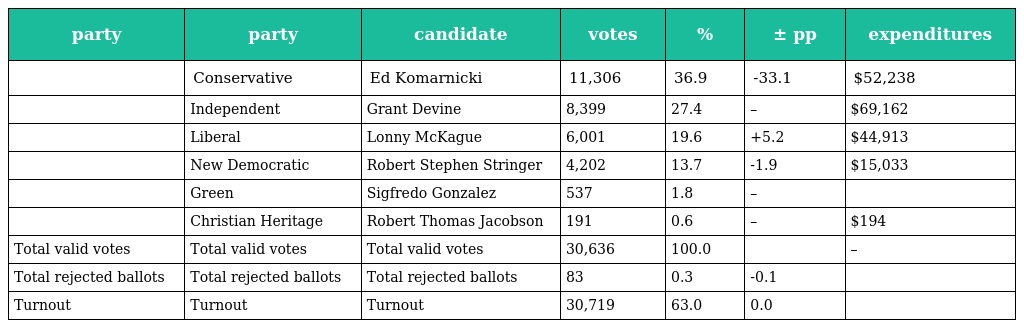
| party | party | candidate | votes | % | ± pp | expenditures |
 | --- | --- | --- | --- | --- | --- | --- |
 |  | Conservative | Ed Komarnicki | 11,306 | 36.9 | -33.1 | $52,238 |
 |  | Independent | Grant Devine | 8,399 | 27.4 | – | $69,162 |
 |  | Liberal | Lonny McKague | 6,001 | 19.6 | +5.2 | $44,913 |
 |  | New Democratic | Robert Stephen Stringer | 4,202 | 13.7 | -1.9 | $15,033 |
 |  | Green | Sigfredo Gonzalez | 537 | 1.8 | – |  |
 |  | Christian Heritage | Robert Thomas Jacobson | 191 | 0.6 | – | $194 |
 | Total valid votes | Total valid votes | Total valid votes | 30,636 | 100.0 |  | – |
 | Total rejected ballots | Total rejected ballots | Total rejected ballots | 83 | 0.3 | -0.1 |  |
 | Turnout | Turnout | Turnout | 30,719 | 63.0 | 0.0 |  |